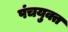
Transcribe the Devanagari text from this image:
पंचयुक्त